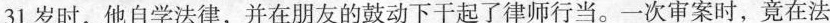
31岁时，他自学法律，并在朋友的鼓动下干起了律师行当。一次审案时，竟在法